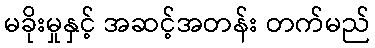
မခိုးမှုနှင့် အဆင့်အတန်း တက်မည်